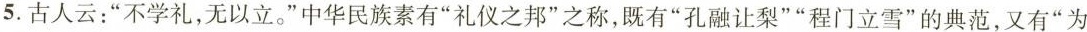
5.古人云：”不学礼，无以立。”中华民族素有”礼仪之邦”之称，既有”孔融让梨””程门立雪”的典范，又有”为